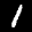
Label: 1